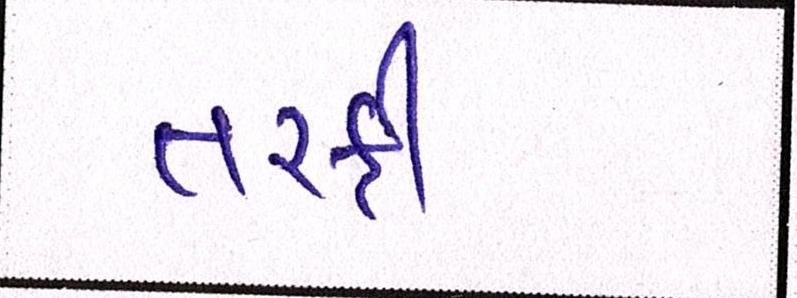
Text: તરફી